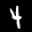
Label: 4